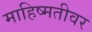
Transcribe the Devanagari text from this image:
माहिष्मतीवर